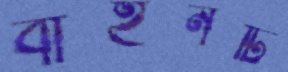
বাহনটি